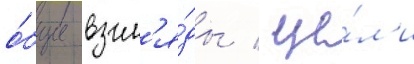
о́бщие взгл'я́ды / це́л'и